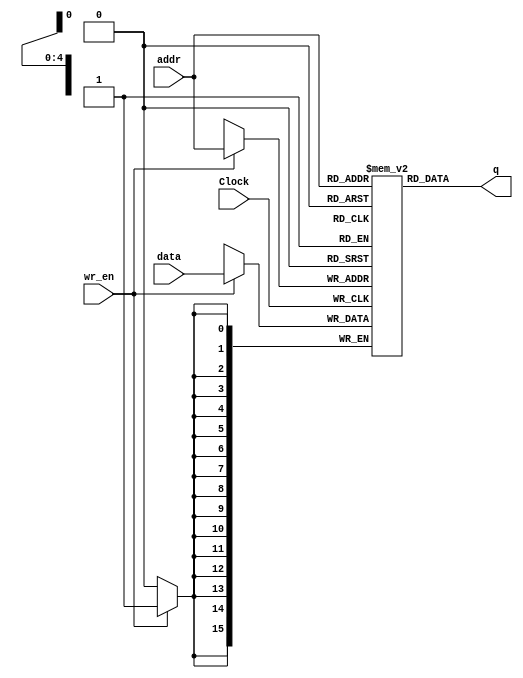
module mem_block #(parameter ADDrBits=5, parameter WIDTH=16, parameter DEPTH=32)(addr, Clock, data, wr_en, q);


input [ADDrBits-1:0] addr; 
input [WIDTH-1:0] data;
input wr_en, Clock;
output [WIDTH-1:0] q;

reg [WIDTH-1:0] Mem [0:DEPTH-1];

initial
	begin
		  Mem[ 5'h0] = 16'hF000; // copy input para 0
		  Mem[ 5'h1] = 16'h0001;
		  Mem[ 5'h2] = 16'hF800; //copy input para 4
		  Mem[ 5'h3] = 16'h0003;
		  Mem[ 5'h4] = 16'b0000010100000000; // soma 0 com 4 e salva em 2
		  Mem[ 5'h5] = 16'b1110110100000000; // copia 2 para 6
		  Mem[ 5'h6] = 16'b1011000100000000; // copia cond 6 para 0
		  Mem[ 5'h7] = 16'b1100000100000000; // store de reg0 para mem4
		if(DEPTH > 8)
		begin 
		 Mem[ 5'h8] = 16'b1101101000000000; ///load de mem0 para reg5
		end
  end
  
assign q = Mem[addr];

always @(posedge Clock)
begin
  if (wr_en) Mem[addr] = data;
  
end

endmodule